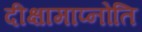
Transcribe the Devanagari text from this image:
दीक्षामाप्नोति